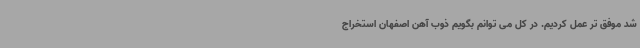
شد موفق تر عمل کردیم. در کل می توانم بگویم ذوب آهن اصفهان استخراج